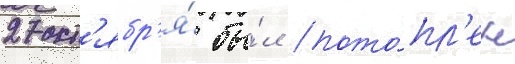
27 окт'ябр'я́ бы́л пото́пл'ен